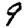
Digit: 9